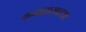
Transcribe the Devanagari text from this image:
कमळासारखा